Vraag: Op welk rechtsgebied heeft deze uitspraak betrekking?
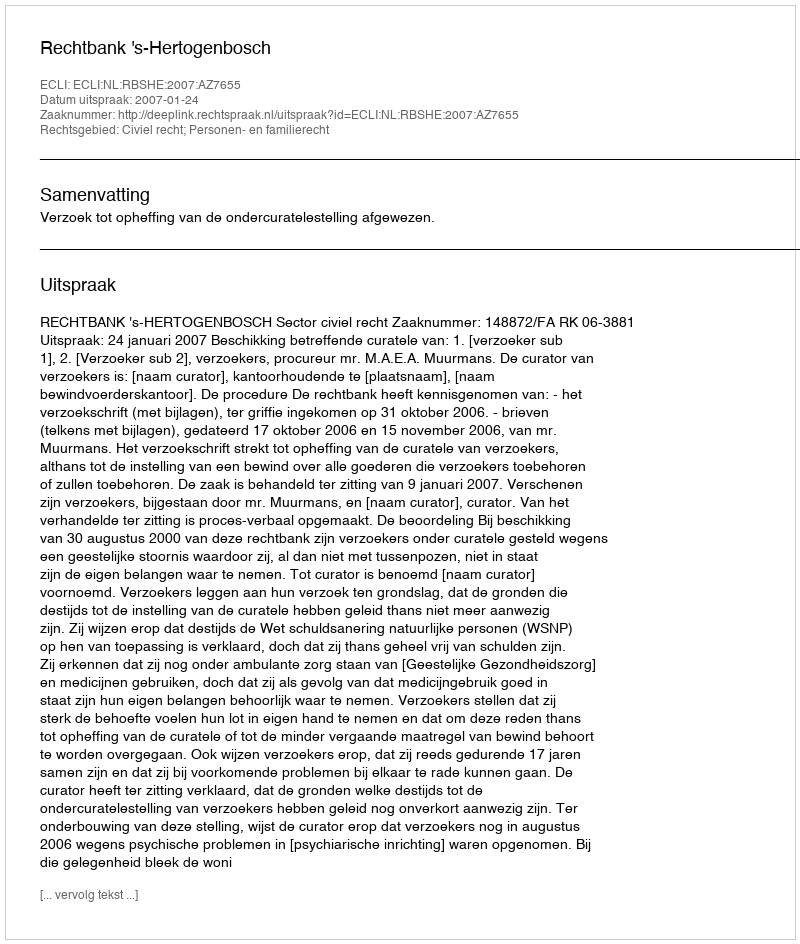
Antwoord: Civiel recht; Personen- en familierecht